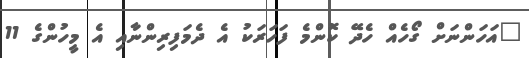
"އަހަންނަށް ގޯހެއް ހެދޭ ކޮންމެ ފަހަރަކު އެ ދެމަފިރިންނާއި އެ މީހުންގެ 11